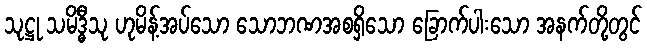
သုဋ္ဌု သမိဒ္ဓီသု ဟုမိန့်အပ်သော သောဘဏအစရှိသော ခြောက်ပါးသော အနက်တို့တွင်